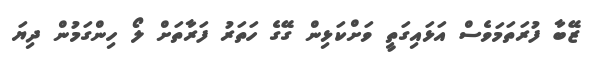
ޒޭބާ ފުރަތަމަވެސް އަޅައިގަތީ ވަށްކަޅިން ގޭގެ ހަތަރު ފަރާތަށް ލޯ ހިންގަމުން ދިޔަ